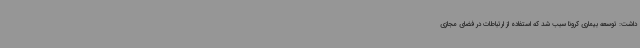
داشت: توسعه بیماری کرونا سبب شد که استفاده از ارتباطات در فضای مجازی